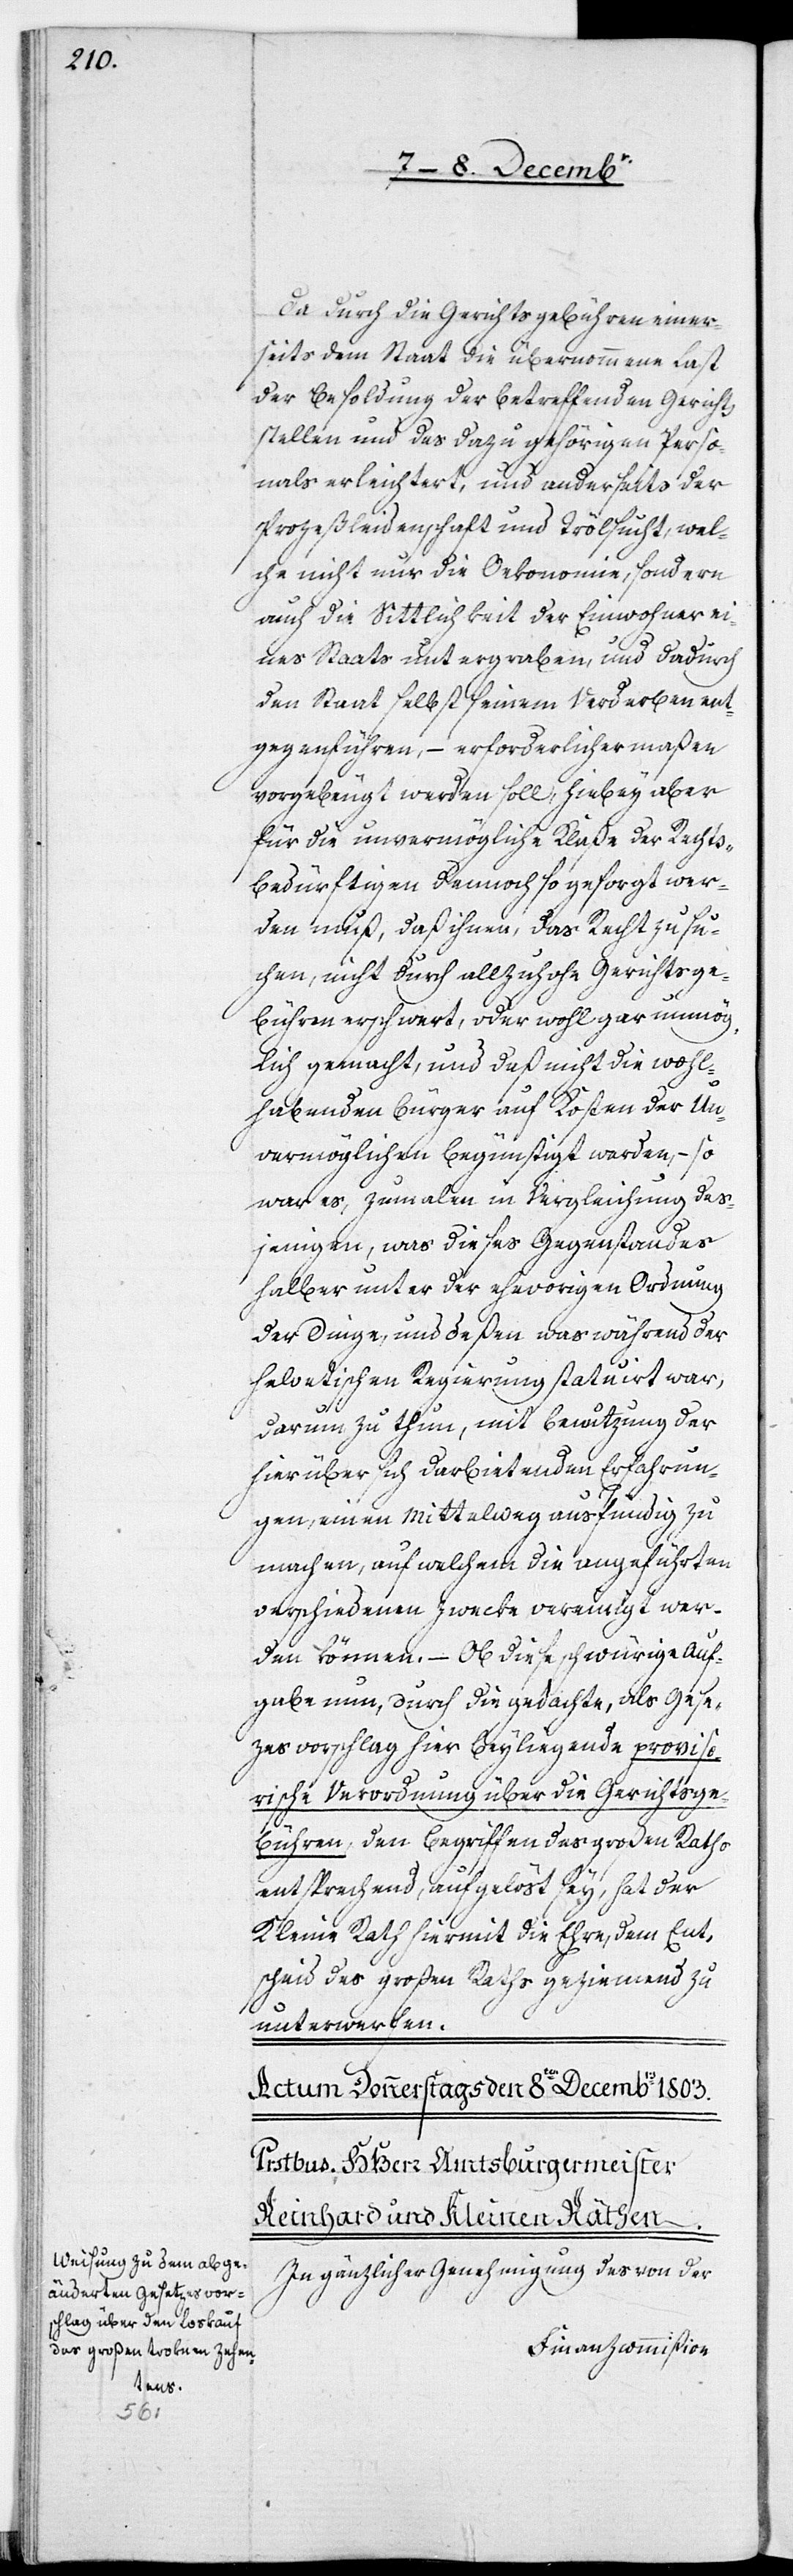
Auf¬

Da durch die Gerichtsgebühren einer¬
seits dem Staat die übernommene Last
der Besoldung der betreffenden Gericht¬
sstellen und des dazu gehörigen Perso¬
nals erleichtert, und anderseits der
Prozeßleidenschaft und Trölsucht, wel¬
che nicht nur die Oekonomie, sondern
auch die Sittlichkeit der Einwohner ei¬
nes Staats untergraben, und dadurch
den Staat selbst seinem Verderben ent¬
gegenführen, – erforderlichermaßen
vorgebeugt werden soll, hiebey aber
für die unvermögliche Klaße der Rechts¬
bedürftigen dennoch gesorgt wer¬
den muß, daß ihnen, das Recht zu su¬
chen, nicht durch allzuhohe Gerichtsge¬
bühren erschwert, oder wohl gar unmög¬
lich gemacht, und daß nicht die wohl¬
habenden Bürger auf Kosten der Un¬
vermöglichen begünstigt werden, – so
war es, zumalen in Vergleichung des¬
jenigen, was dieses Gegenstandes
halber unter der ehevorigen Ordnung
der Dinge, und deßen was während der
helvetischen Regierung statuirt war,
darum zu thun, mit Benutzung der
hierüber sich darbietenden Erfahrun¬
gen, einen Mittelweg ausfündig zu
machen, auf welchen die angeführten
verschiedenen Zwecke vereinigt wer¬
den können. – Ob diese schwürige [sic!]
gabe nun, durch die gedachte, als Gese¬
zesvorschlag hier beyliegende proviso¬
rische Verordnung über die Gerichtsge¬
bühren, den Begriffen des Großen Raths
entsprechend, aufgelöst sey, hat der
Kleine Rath hiermit die Ehre, dem Ent¬
scheid des Großen Raths geziemend zu
unterwerfen.
In gänzlicher Genehmigung des von der